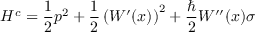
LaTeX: H ^ { c } = \frac { 1 } { 2 } p ^ { 2 } + \frac { 1 } { 2 } \left( W ^ { \prime } ( x ) \right) ^ { 2 } + \frac { \hbar } { 2 } W ^ { \prime \prime } ( x ) \sigma